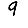
Digit: 9